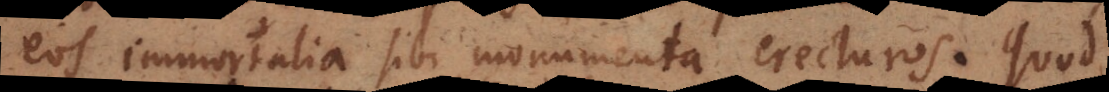
eos immortalia sibi monumenta erecturos. Quod